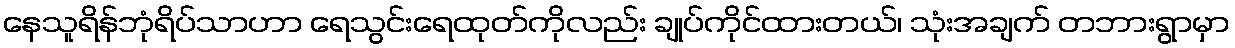
နေသူရိန်ဘုံရိပ်သာဟာ ရေသွင်းရေထုတ်ကိုလည်း ချုပ်ကိုင်ထားတယ်၊ သုံးအချက် တဘားရွာမှာ